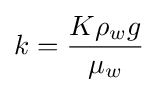
k={\frac {K\rho _{w}g}{\mu _{w}}}